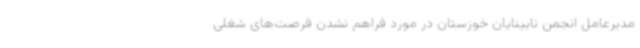
مدیرعامل انجمن نابینایان خوزستان در مورد فراهم نشدن فرصت‌های شغلی